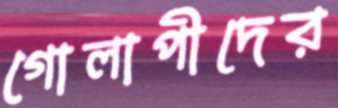
গোলাপীদের